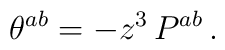
\theta^{ab} = -z^3 \, P^{ab} \, .